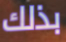
بذلك